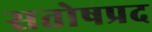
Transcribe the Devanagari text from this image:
सतोषप्रद